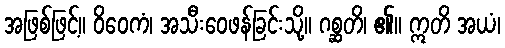
အဖြစ်ဖြင့်။ ဝိဝေကံ၊ အသီးဝေဖန်ခြင်းသို့။ ဂစ္ဆတိ၊ ၏။ ဣတိ အယံ၊